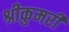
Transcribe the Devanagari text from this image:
श्रीकुमरी